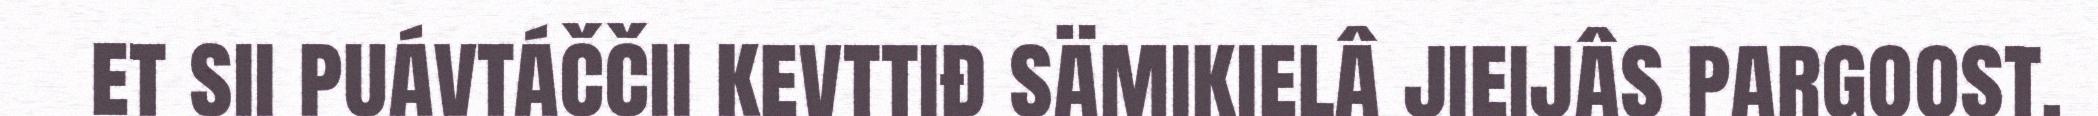
et sii puávtáččii kevttiđ sämikielâ jieijâs pargoost.